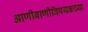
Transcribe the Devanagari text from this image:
आणीबाणीविषयकच्या